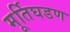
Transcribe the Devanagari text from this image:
मूर्तिघडण